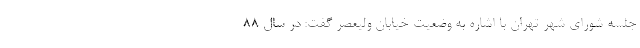
جلسه شورای شهر تهران با اشاره به وضعیت خیابان ولیعصر گفت: در سال 88